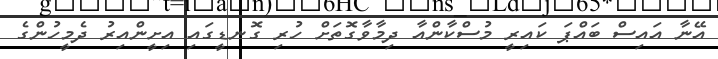
އޭނާ އައިސް ބައްޕަ ކައިރީ މުސްކާންއާ ދިމާވާގޮތަށް ހުރި ގޮނޑީގައި އިށީންއިރު ދެމީހުންގެ